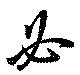
必